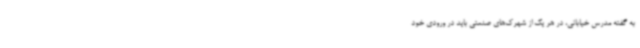
به گفته مدرس خیابانی، در هر یک از شهرک‌های صنعتی باید در ورودی خود